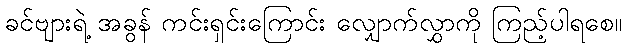
ခင်ဗျားရဲ့ အခွန် ကင်းရှင်းကြောင်း လျှောက်လွှာကို ကြည့်ပါရစေ။